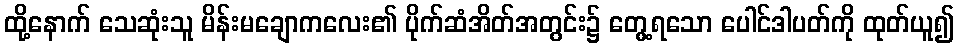
ထို့နောက် သေဆုံးသူ မိန်းမချောကလေး၏ ပိုက်ဆံအိတ်အတွင်း၌ တွေ့ရသော ပေါင်ဒါပတ်ကို ထုတ်ယူ၍